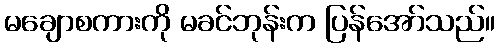
မချောစကားကို မခင်ဘုန်းက ပြန်အော်သည်။